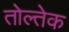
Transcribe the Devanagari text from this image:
तोल्तेक